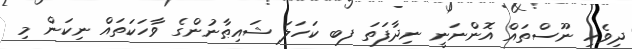
ދިވެހި ނޫސްތައް އޮންނަނީ ނިދާފަތަ ފބ ކަހަލަ ޝައިޠާނުންގެ ވާހަކަތައް ނިކަން މި